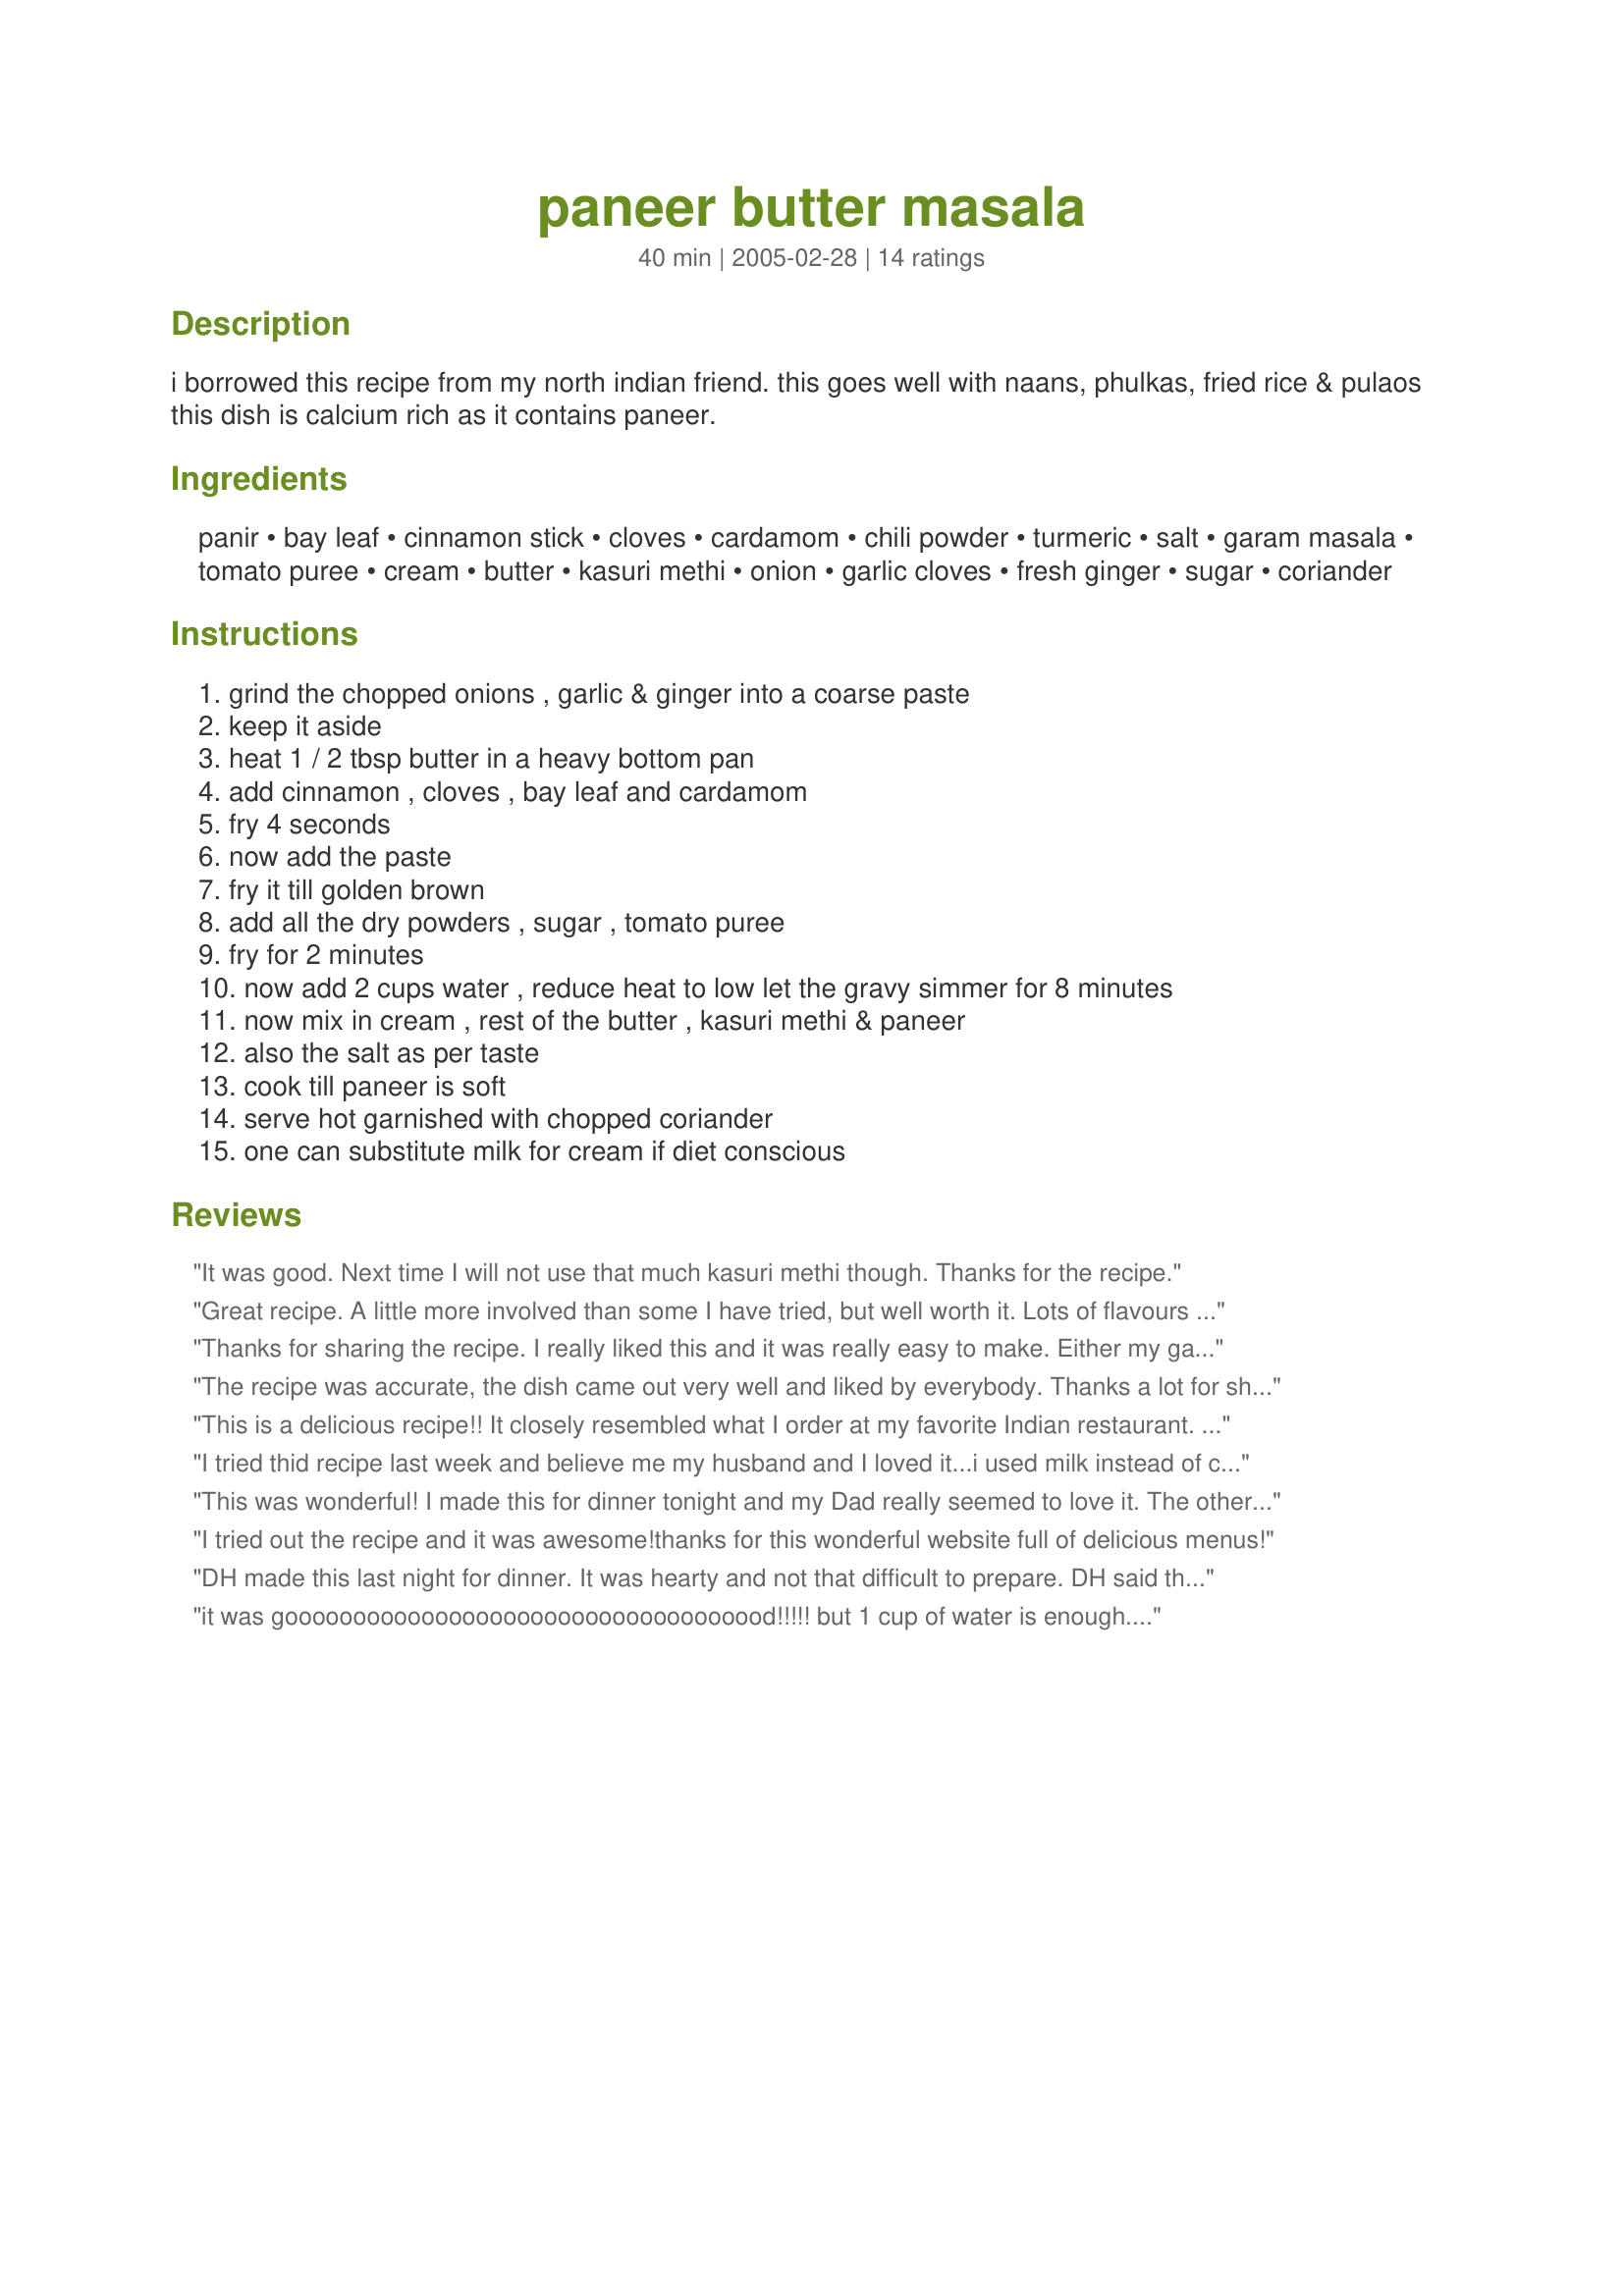
paneer butter masala
Preparation time: 40 minutes

i borrowed this recipe from my north indian friend. this goes well with naans, phulkas, fried rice & pulaos this dish is calcium rich as it contains paneer.

Ingredients:
panir, bay leaf, cinnamon stick, cloves, cardamom, chili powder, turmeric, salt, garam masala, tomato puree, cream, butter, kasuri methi, onion, garlic cloves, fresh ginger, sugar, coriander

Steps:
grind the chopped onions , garlic & ginger into a coarse paste, keep it aside, heat 1 / 2 tbsp butter in a heavy bottom pan, add cinnamon , cloves , bay leaf and cardamom, fry 4 seconds, now add the paste, fry it till golden brown, add all the dry powders , sugar , tomato puree, fry for 2 minutes, now add 2 cups water , reduce heat to low let the gravy simmer for 8 minutes, now mix in cream , rest of the butter , kasuri methi & paneer, also the salt as per taste, cook till paneer is soft, serve hot garnished with chopped coriander, one can substitute milk for cream if diet conscious

Reviews:
It was good. Next time I will not use that much kasuri methi though. Thanks for the recipe.
Great recipe. A little more involved than some I have tried, but well worth it. Lots of flavours with the butter and cream making everything smooth. 
Mmmm Nice!!!
Thanks for sharing the recipe. I really liked this and it was really easy to make. Either my garlic is very potent, or there is just too much for my liking in this recipe, but other then that I enjoyed this recipe. Flavor is very similar to what we get at a local Indian restaurant.
The recipe was accurate, the dish came out very well and liked by everybody. 
Thanks a lot for sharing.
This is a delicious recipe!! It closely resembled what I order at my favorite Indian restaurant. I used a bit more tomato puree and less water than called for, plus a bit more heavy cream. I didn't have kasuri methi. Other than that, I followed the recipe. It was sooo yum!
I tried thid recipe last week and believe me my husband and I loved it...i used milk instead of cream .. Thank you :)
This was wonderful! I made this for dinner tonight and my Dad really seemed to love it. The others ofcourse did, but my Dad was blown away :) I used just 1/2 tbsp. of oil and 1 tsp. of salt. I didn't use any cream in this recipe as we are cutting on fat. The other ingredients were perfect. This went well with rotis and white rice. Thank you for sharing!
I tried out the recipe and it was awesome!thanks for this wonderful website full of delicious menus!
DH made this last night for dinner. It was hearty and not that difficult to prepare. DH said the ingredients/directions were a little unclear (for example the ingredients didn&#039;t say to make a paste out of the onion, garlic, ginger so he was unprepared for that step in the directions). We had all ingredients on hand and made no substitutions. We had no difficulty with the consistency using 2 cups of water.
it was goooooooooooooooooooooooooooooooooood!!!!! but 1 cup of water is enough....
I Love Paneer Butter Masala and have tried various recipes from various sites..but this recipe is the best...tasted very GOOD!!!
I am very excited to know new things. like this one, i was unaware of Paneer Butter Masala So thank you for the blog. http://www.rakhiinindia.in/
This recipe is excellent, especially if you don't know how to cook paneer. Simple, easy and fast. My friends love it, and people are always requesting the recipe from me.
A real Indian origional, i couldn't find this in any local restaurant, and have only been able to have it on holiday in India... yum !
What a great recipe! I did not have kasuri methi (fenugreek) so I used chinese cabbage leaf instead. I also added a tablespoon of tomato ketchup with the tomato puree. And I used one cup skim milk and one cup water instead of 2 cups water. The end result was simply finger licking good (literally). My husband licked the gravy off the plate with his finger!
